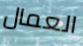
العمال